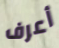
أعرف